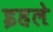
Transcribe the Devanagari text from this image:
इहले